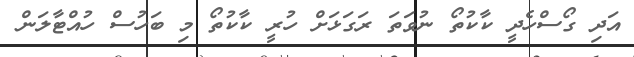
އަދި ގޯސްހެދީ ކާކުތޯ ނުވަތަ ރަގަޅަށް ހުރީ ކާކުތޯ މި ބަހުސް ހުއްޓާލަން